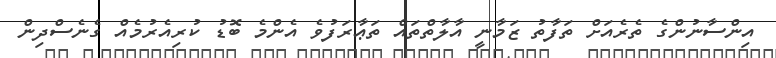
އިންސާނުންގެ ތެރެއަށް ތަފާތު ޒަމާނީ އާލާތްތައް ތަޢާރަފުވެ އެންމެ ބޮޑު ކުރިއެރުމެއް ގެނެސްދިން